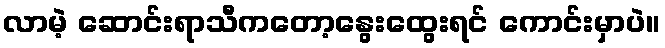
လာမဲ့ ဆောင်းရာသီကတော့နွေးထွေးရင် ကောင်းမှာပဲ။